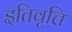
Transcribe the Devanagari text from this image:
इतिवृत्ति